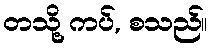
တသို့ ကပ်, စသည်။